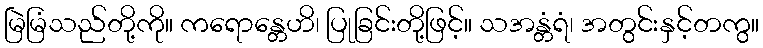
မြဲမြံသည်တို့ကို။ ကရောန္တေဟိ၊ ပြုခြင်းတို့ဖြင့်။ သအန္တံရံ၊ အတွင်းနှင့်တကွ။